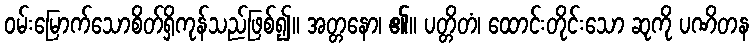
ဝမ်းမြောက်သောစိတ်ရှိကုန်သည်ဖြစ်၍။ အတ္တနော၊ ၏။ ပတ္တိတံ၊ ထောင်းတိုင်းသော ဆုကို ပဏိတန